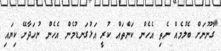
"ގާނޫނަށް ބެލުމެއް ނެތި އެހެން ކަންތައް ކުރީ އަޅުގަނޑުމެން އެހެން ނުހަދާށޭ ކިޔައި